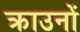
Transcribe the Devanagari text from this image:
क्राउनों